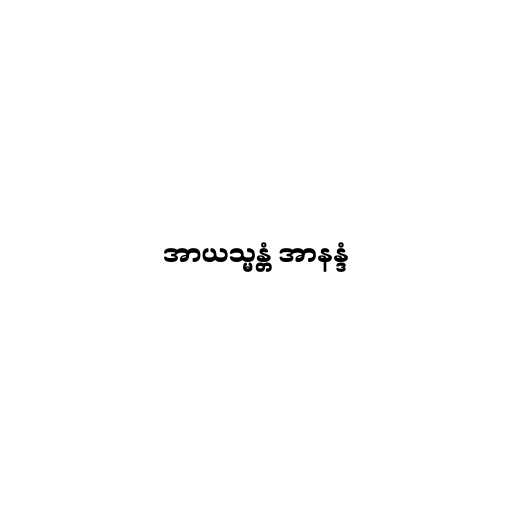
အာယသ္မန္တံ အာနန္ဒံ